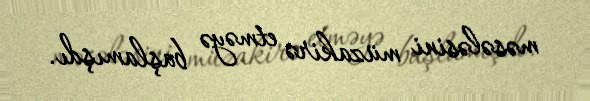
məsələsini müzakirə etməyə başlamışdı.